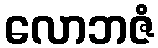
လောဘဇံ